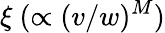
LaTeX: \xi~(\propto(v/w)^{M})